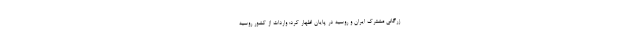
زرگانی مشترک ایران و روسیه در پایان اظهار کرد: واردات از کشور روسیه